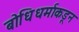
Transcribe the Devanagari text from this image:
बोधिधर्माकडून